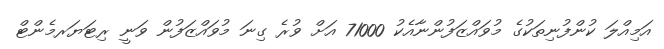
އަމިއްލަ ކުންފުނިތަކުގެ މުވައްޒަފުންނާއެކު 71000 އަށް ވުރެ ގިނަ މުވައްޒަފުން ވަނީ ރިޓަޔަރމެންޓް